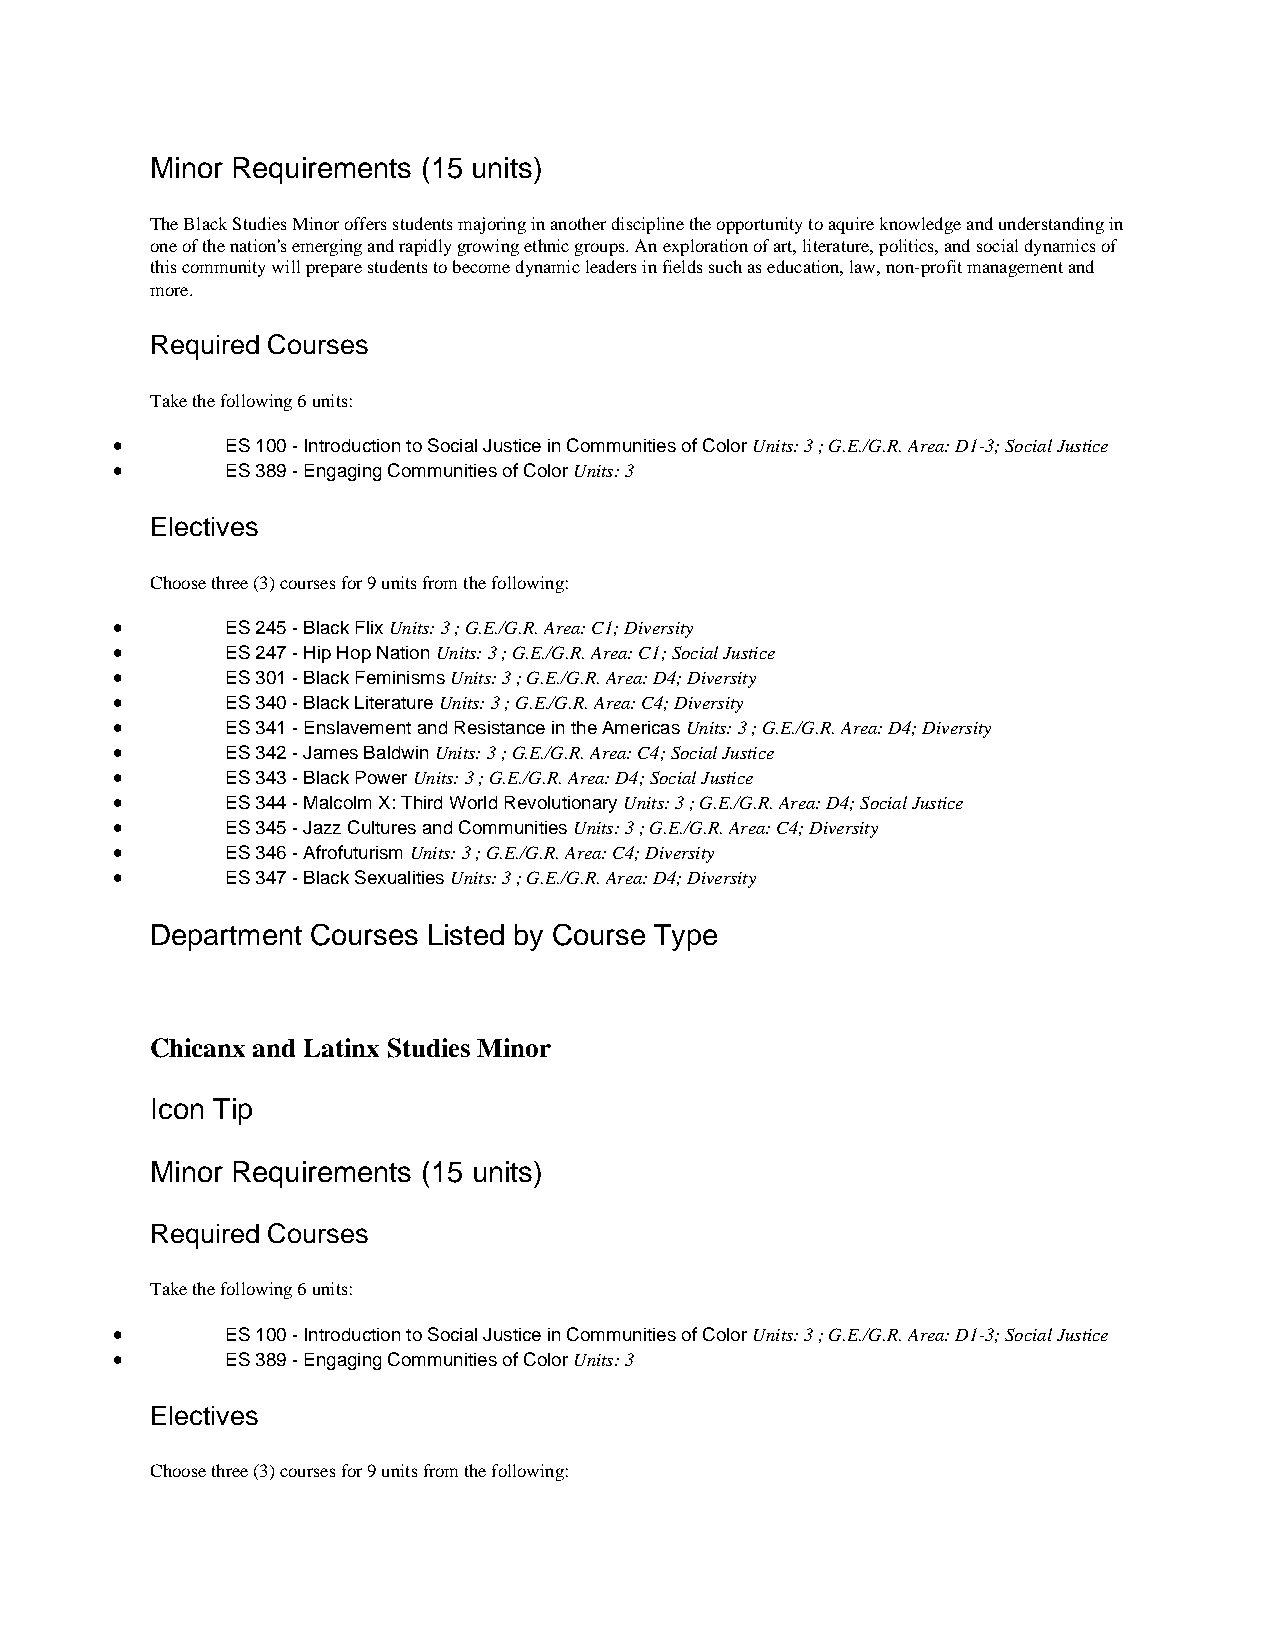
Minor Requirements (15 units)
 The Black Studies Minor offers students majoring in another discipline the opportunity to aquire knowledge and understanding in
 one of the nation's emerging and rapidly growing ethnic groups. An exploration of art, literature, politics, and social dynamics of
 this community will prepare students to become dynamic leaders in fields such as education, law, non-profit management and
 more.
 Required Courses
 Take the following 6 units:
 •       ES 100 - Introduction to Social Justice in Communities of Color Units: 3 ; G.E./G.R. Area: D1-3; Social Justice
 •       ES 389 - Engaging Communities of Color Units: 3
 Electives
 Choose three (3) courses for 9 units from the following:
 •       ES 245 - Black Flix Units: 3 ; G.E./G.R. Area: C1; Diversity
 •       ES 247 - Hip Hop Nation Units: 3 ; G.E./G.R. Area: C1; Social Justice
 •       ES 301 - Black Feminisms Units: 3 ; G.E./G.R. Area: D4; Diversity
 •       ES 340 - Black Literature Units: 3 ; G.E./G.R. Area: C4; Diversity
 •       ES 341 - Enslavement and Resistance in the Americas Units: 3 ; G.E./G.R. Area: D4; Diversity
 •       ES 342 - James Baldwin Units: 3 ; G.E./G.R. Area: C4; Social Justice
 •       ES 343 - Black Power Units: 3 ; G.E./G.R. Area: D4; Social Justice
 •       ES 344 - Malcolm X: Third World Revolutionary Units: 3 ; G.E./G.R. Area: D4; Social Justice
 •       ES 345 - Jazz Cultures and Communities Units: 3 ; G.E./G.R. Area: C4; Diversity
 •       ES 346 - Afrofuturism Units: 3 ; G.E./G.R. Area: C4; Diversity
 •       ES 347 - Black Sexualities Units: 3 ; G.E./G.R. Area: D4; Diversity
 Department Courses Listed by Course Type
 Chicanx and Latinx Studies Minor
 Icon Tip
 Minor Requirements (15 units)
 Required Courses
 Take the following 6 units:
 •       ES 100 - Introduction to Social Justice in Communities of Color Units: 3 ; G.E./G.R. Area: D1-3; Social Justice
 •       ES 389 - Engaging Communities of Color Units: 3
 Electives
 Choose three (3) courses for 9 units from the following: